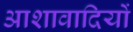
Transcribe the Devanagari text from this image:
आशावादियों